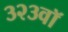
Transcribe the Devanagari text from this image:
३२३वॉ